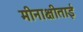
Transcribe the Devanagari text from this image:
मीनाक्षीताई